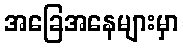
အခြေအနေများမှာ